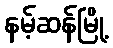
နမ့်ဆန်မြို့